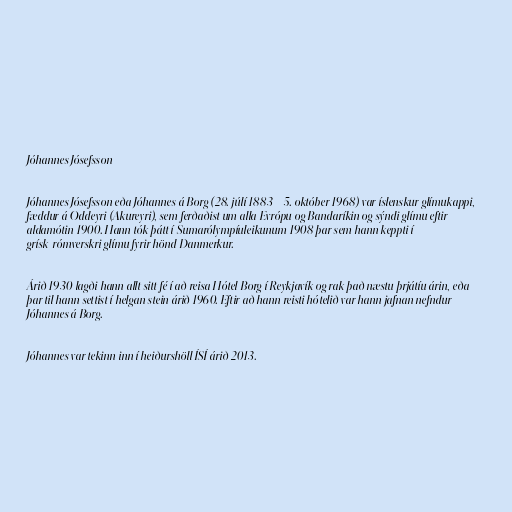
Jóhannes Jósefsson

Jóhannes Jósefsson eða Jóhannes á Borg (28. júlí 1883 – 5. október 1968) var íslenskur glímukappi,
fæddur á Oddeyri (Akureyri), sem ferðaðist um alla Evrópu og Bandaríkin og sýndi glímu eftir
aldamótin 1900. Hann tók þátt í Sumarólympíuleikunum 1908 þar sem hann keppti í
grísk-rómverskri glímu fyrir hönd Danmerkur.

Árið 1930 lagði hann allt sitt fé í að reisa Hótel Borg í Reykjavík og rak það næstu þrjátíu árin, eða
þar til hann settist í helgan stein árið 1960. Eftir að hann reisti hótelið var hann jafnan nefndur
Jóhannes á Borg.

Jóhannes var tekinn inn í heiðurshöll ÍSÍ árið 2013.